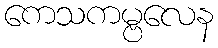
ကေသကမ္ဗလေန